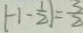
\vert - 1 - \frac { 1 } { 2 } \vert = \frac { 3 } { 2 }